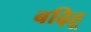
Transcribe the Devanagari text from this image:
बढ़िहू